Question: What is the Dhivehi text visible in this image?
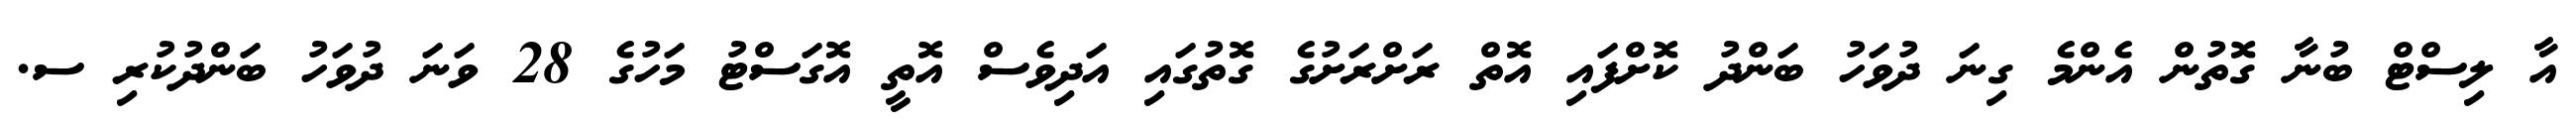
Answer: އާ ލިސްޓް ބުނާ ގޮތުން އެންމެ ގިނަ ދުވަހު ބަންދު ކޮށްފައި އޮތް ރަށްރަށުގެ ގޮތުގައި އަދިވެސް އޮތީ އޮގަސްޓު މަހުގެ 28 ވަނަ ދުވަހު ބަންދުކުރި ސ.